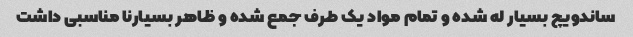
ساندویچ بسیار له شده و تمام مواد یک طرف جمع شده و ظاهر بسیار‌نا مناسبی داشت